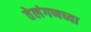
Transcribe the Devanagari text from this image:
तेलंगणच्या